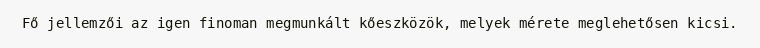
Fő jellemzői az igen finoman megmunkált kőeszközök, melyek mérete meglehetősen kicsi.